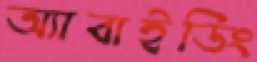
অ্যাবাইডিং